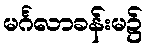
မင်္ဂလာခန်းမ၌